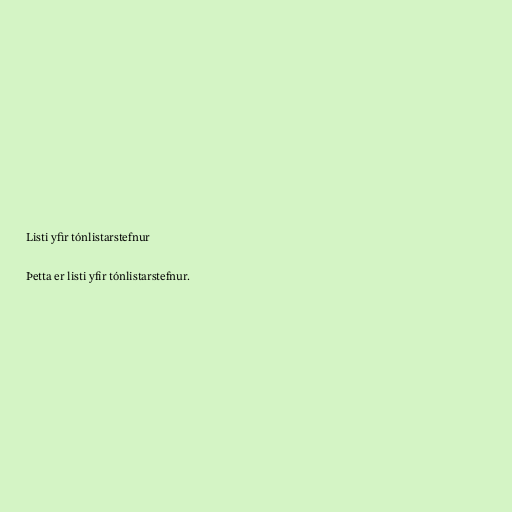
Listi yfir tónlistarstefnur

Þetta er listi yfir tónlistarstefnur.